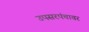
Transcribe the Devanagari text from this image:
उपसरपंचावर